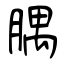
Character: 腢